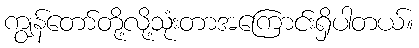
ကျွန်တော်တို့လို့သုံးတာအကြောင်းရှိပါတယ်။